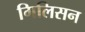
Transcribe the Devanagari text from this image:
गिलिसन